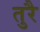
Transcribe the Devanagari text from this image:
तुरै